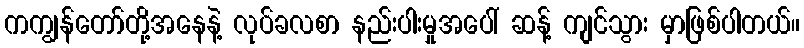
ကကျွန်တော်တို့အနေနဲ့ လုပ်ခလစာ နည်းပါးမှုအပေါ် ဆန့် ကျင်သွား မှာဖြစ်ပါတယ်။